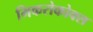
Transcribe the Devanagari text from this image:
मिकरोकोक्स